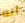
أنه